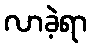
လာခဲ့ရာ